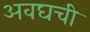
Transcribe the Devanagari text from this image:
अवघची